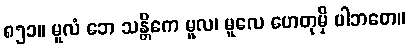
၈၅၁။ မူလံ ဘေ သန္တိကေ မူလ၊ မူလေ ဟေတုမှိ ပါဘတေ။